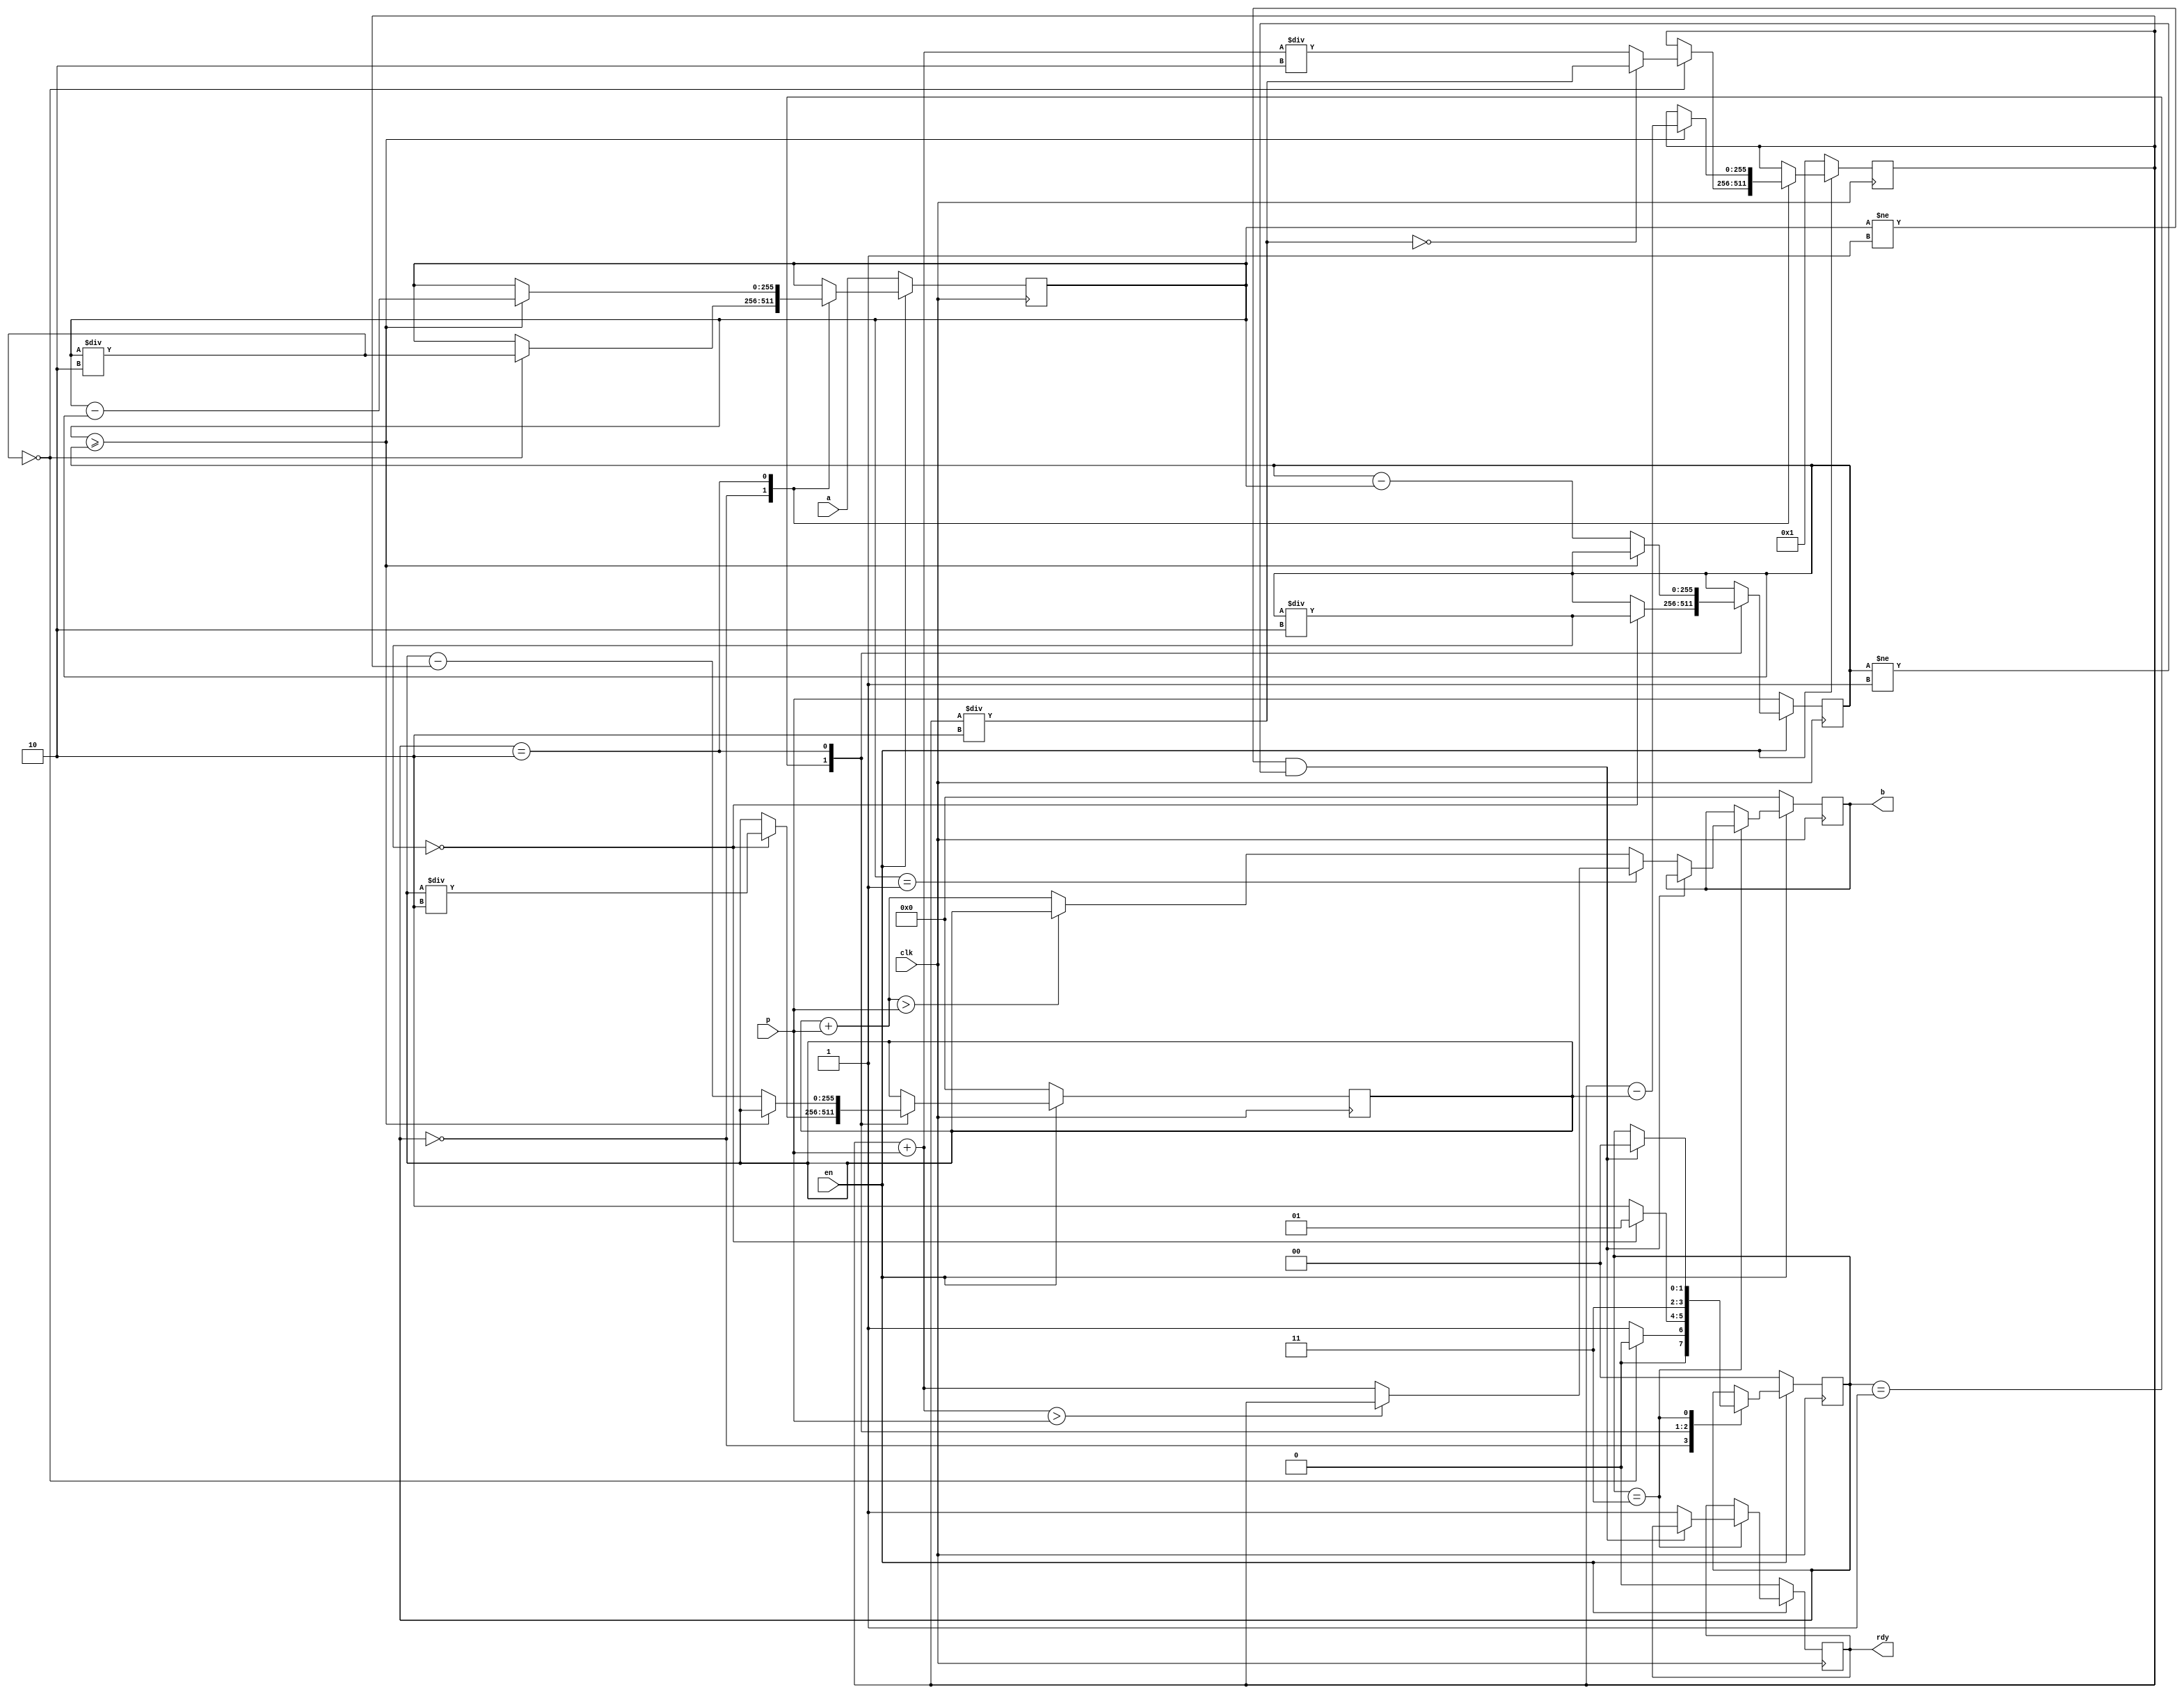
`timescale 1ns / 1ps
//////////////////////////////////////////////////////////////////////////////////
// Company: 
// Engineer: 
// 
// Design Name: 
// Module Name:    modinv 
// Project Name: 
// Target Devices: 
// Tool versions: 
// Description: 
//
// Dependencies: 
//
// Revision: 
// Revision 0.01 - File Created
// Additional Comments: 
//
//////////////////////////////////////////////////////////////////////////////////
module ARS_modinv(a, p,clk, en, rdy, b);
   parameter SIZE=256;
	input [SIZE-1:0]    a, p;
   input            clk;
   input            en;
   output           rdy;
   reg              rdy;
   output [SIZE-1:0]   b;
   reg [SIZE-1:0]      b;
   parameter [1:0]  s0 = 0,
                    s1 = 1,
                    s2 = 2,
						  s3 = 3;
   reg [1:0]        st;
   reg [SIZE-1:0]      u;
   reg [SIZE-1:0]      v;
   reg [SIZE-1:0]      s,r;
   always @(posedge clk)           
   begin
        if (en == 1'b0)
            begin
               b <= {256{1'b0}};                       
               u <= a;
               v <= p;
				   s <= 256'h1;
               r <= {256{1'b0}};             
               st <= s0;
               rdy <= 1'b0;
             end
         else
            begin 		 
                  case (st)
                   s0 :
                     if(u/2==0)				 
				            begin
					           st <= s0;
                           u <= u/2;
									if(s/2 == 0)
									  s <= s/2;
									  else
										s <= (s+p)/2;
									end
				            else							     
				              st <= s1;
                   s1 :                  
				         if(v/2==0)				 
				            begin
					           st <= s1;
                           v <= v/2;
										if(v/2 == 0)
									  r <= r/2;
									  else
										r <= (r+p)/2;									 					              
								end					            
				         else							      
				                st <= s2;          
                   s2 : 
                         if(u>=v)
				                 begin
                               u <= u-v;
                               s <= s-r;
										 st <= s3;
                              end 
				             else
				                 begin
                               v <= v-u;
                               r <= r-s;
										 st <= s3;
                             end                         						
						 s3 :
						   if(u!=1 && v!=1)
							   st <=s0;		 			   
                   	 else if(u==1)
							        begin
								       b <=((s + p)>p)?s:(s + p);
								        rdy <=1'b1;
								      end
                          else
							        begin
							         b <=((r + p)>p)?r:(r + p);
								     rdy <=1'b1;
								     end  
						 default :
                      begin
							  b <=0;
                       st <= s0;
                       end
            endcase		        		       
      end 
end
endmodule